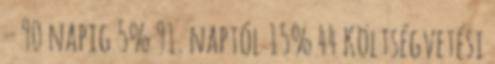
– 90 napig 5% 91. naptól 15% 44 Költségvetési